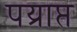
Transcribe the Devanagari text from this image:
पय्राप्त